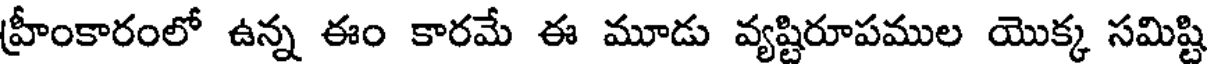
హ్రీంకారంలో ఉన్న ఈం కారమే ఈ మూడు వ్యష్టిరూపముల యొక్క సమిష్టి